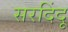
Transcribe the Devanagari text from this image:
सरदिंदू